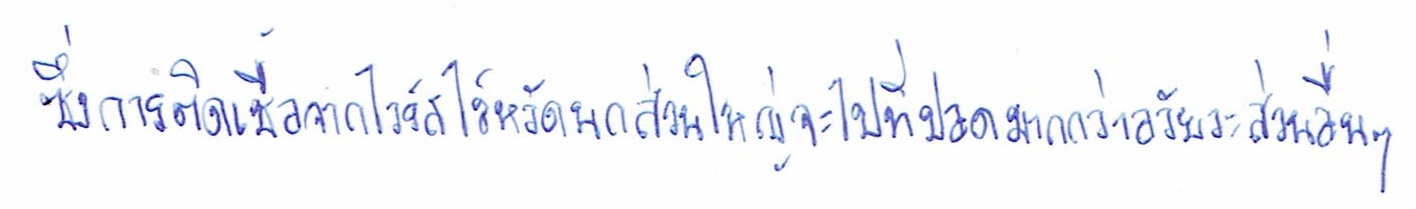
ซึ่งการติดเชื้อจากไวรัสไข้หวัดนกส่วนใหญ่จะไปที่ปอดมากกว่าอวัยวะส่วนอื่นๆ